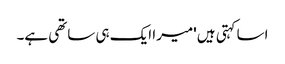
اسا کہتی ہیں 'میرا ایک ہی ساتھی ہے۔